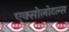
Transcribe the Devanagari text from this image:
एक्सोलोटल्स